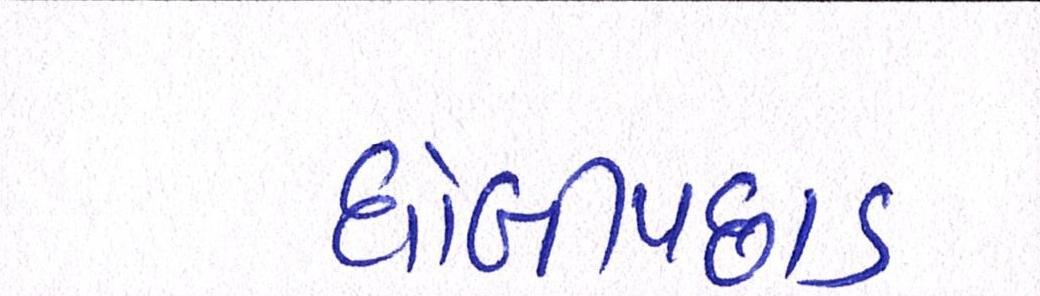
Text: ધોબીપછાડ